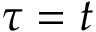
\tau = t